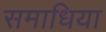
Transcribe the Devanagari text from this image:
समाधिया